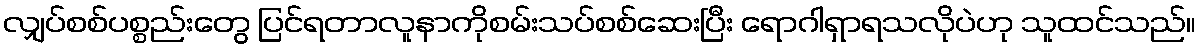
လျှပ်စစ်ပစ္စည်းတွေ ပြင်ရတာလူနာကိုစမ်းသပ်စစ်ဆေးပြီး ရောဂါရှာရသလိုပဲဟု သူထင်သည်။